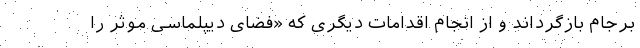
برجام بازگرداند و از انجام اقدامات دیگری که «فضای دیپلماسی موثر را